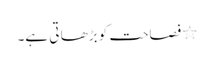
٭ فصاحت کو بڑھا تی ہے۔